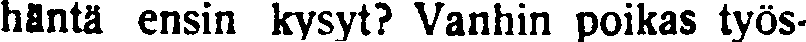
häntä ensin kysyt? Vanhin poikas työs-